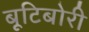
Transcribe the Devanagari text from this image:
बूटिबोरी